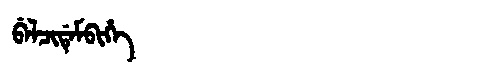
Manchu: ᠪᡝᠯᠴᡳᡩᡝᠮᠪᡳᡥᡝ
Romanization: BELCIDEMBIHE